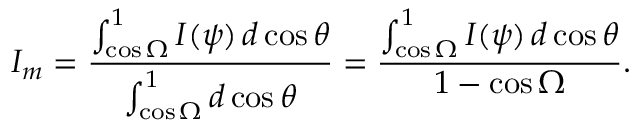
I _ { m } = { \frac { \int _ { \cos \Omega } ^ { 1 } I ( \psi ) \, d \cos \theta } { \int _ { \cos \Omega } ^ { 1 } d \cos \theta } } = { \frac { \int _ { \cos \Omega } ^ { 1 } I ( \psi ) \, d \cos \theta } { 1 - \cos \Omega } } .